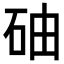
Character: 𥑤